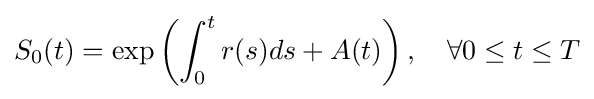
S_{0}(t)=\exp \left(\int _{0}^{t}r(s)ds+A(t)\right),\quad \forall 0\leq t\leq T